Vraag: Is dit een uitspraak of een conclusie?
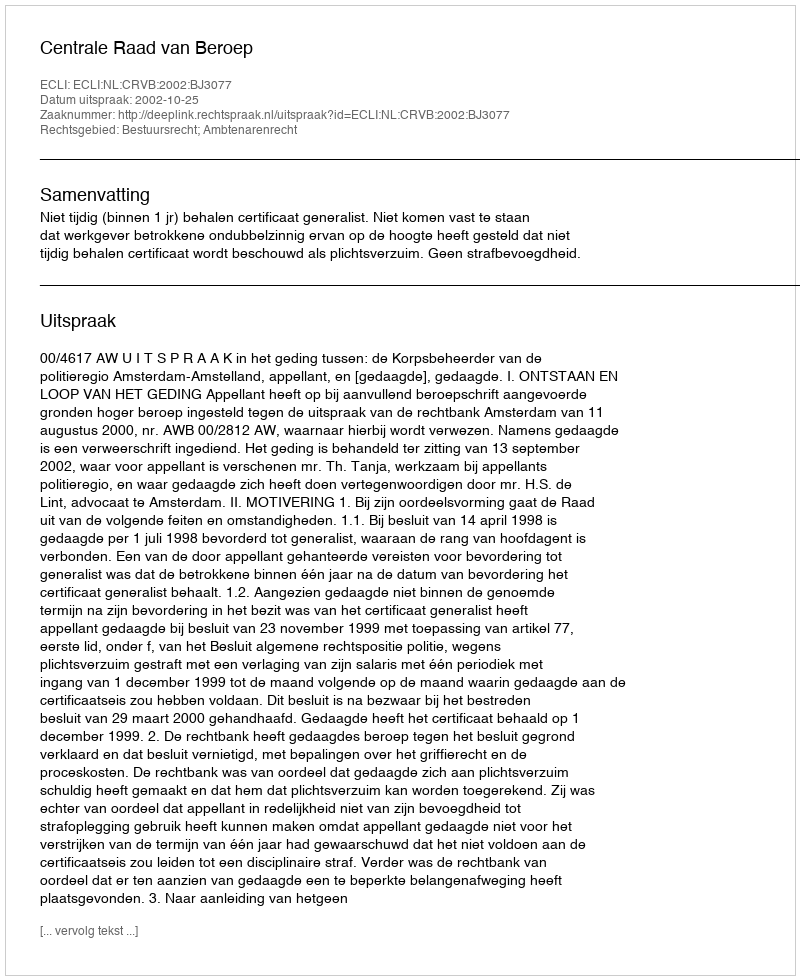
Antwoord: Uitspraak